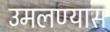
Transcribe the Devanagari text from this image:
उमलण्यास